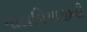
માલવિયાજીની